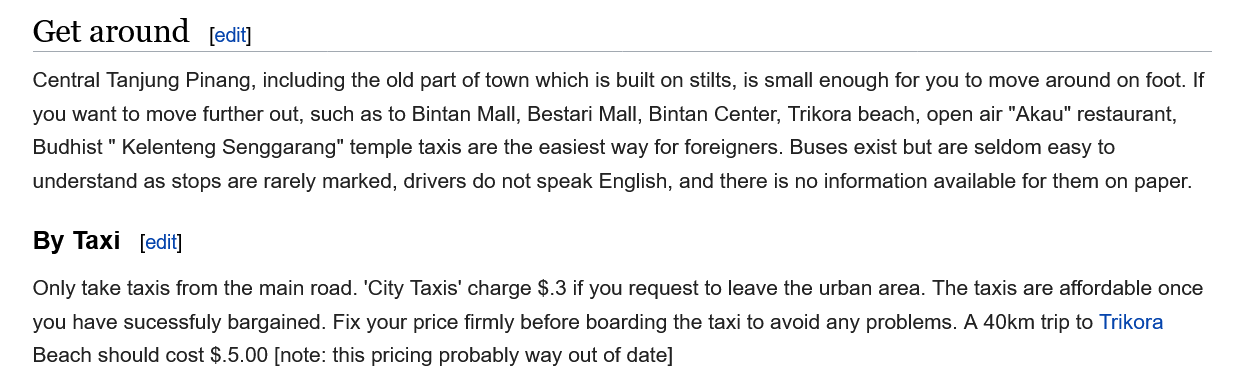
Get  around
    Central lanjung Pinang, Inciuding the old part of town which Is built on stllts, is small enough for you to move around on foot. IT
    you want to move further out, such as to Bintan Mall, Bestari Mall, Bintan Center, Trikora beach, open air "Akau" restaurant,
    Budhist
     "
     Kelenteng Senggarang" temple taxis are the easiest way for foreigners. Buses exist but are seldom easy to
    understand as stops are rarely marked, drivers do not speak English, and there is no information available for them on paper.
    By Taxi
    Only take taxis from the main road. City laxis charge 9.3 If you request to leave the urban area. Ihe taxis are affordable once
    you have sucessfuly bargained. Fix your price firmly before boarding the taxi to avoid any problems. A 40km trip to Trikora
    Beach should cost $.5.00 [note: this pricing probably way out of date]
     [edit]
     [edit]